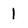
Character: 1